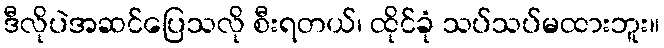
ဒီလိုပဲအဆင်ပြေသလို စီးရတယ်၊ ထိုင်ခုံ သပ်သပ်မထားဘူး။